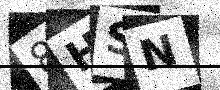
Text: 8HSN